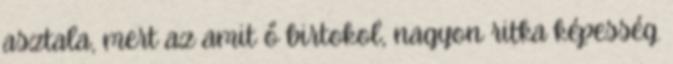
asztala, mert az amit ő birtokol, nagyon ritka képesség.